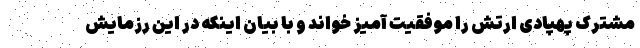
مشترک پهپادی ارتش را موفقیت آمیز خواند و با بیان اینکه در این رزمایش